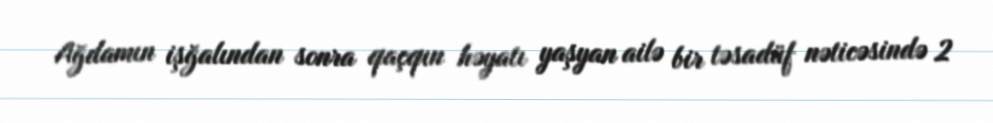
Ağdamın işğalından sonra qaçqın həyatı yaşyan ailə bir təsadüf nəticəsində 2